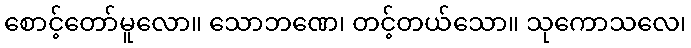
စောင့်တော်မူလော။ သောဘဏေ၊ တင့်တယ်သော။ သုကောသလေ၊